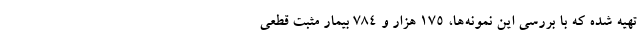
تهیه شده که با بررسی این نمونه‌ها، ۱۷۵ هزار و ۷۸۴ بیمار مثبت قطعی